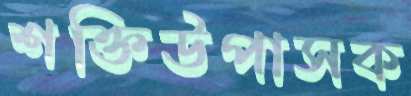
শক্তিউপাসক